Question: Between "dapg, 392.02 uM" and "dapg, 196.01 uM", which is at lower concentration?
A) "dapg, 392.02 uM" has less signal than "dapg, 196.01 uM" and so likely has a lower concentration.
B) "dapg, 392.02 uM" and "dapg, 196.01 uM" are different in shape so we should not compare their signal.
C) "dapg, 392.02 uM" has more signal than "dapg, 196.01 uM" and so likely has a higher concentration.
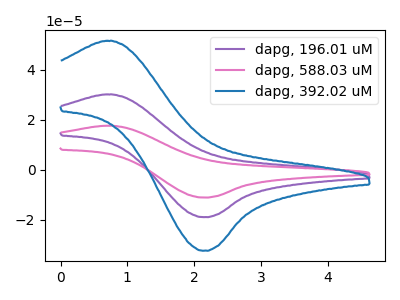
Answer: <think>The purple curve "dapg, 196.01 uM" has an anodic peak at (0.70V, 30.20uA) and a cathodic peak at (2.15V, -18.90uA). The pink curve "dapg, 588.03 uM" has an anodic peak at (0.70V, 60.40uA) and a cathodic peak at (2.15V, -37.80uA). The blue curve "dapg, 392.02 uM" has an anodic peak at (0.70V, 51.60uA) and a cathodic peak at (2.15V, -32.35uA).
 All the peaks in "dapg, 392.02 uM" have a peak in "dapg, 196.01 uM" at the same potential. Every peak in "dapg, 392.02 uM" is higher than every peak in "dapg, 196.01 uM".</think>
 <answer>C) "dapg, 392.02 uM" has more signal than "dapg, 196.01 uM" and so likely has a higher concentration.</answer>
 <eval>C</eval>